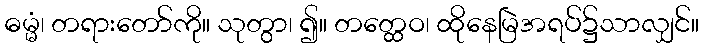
ဓမ္မံ၊ တရားတော်ကို။ သုတွာ၊ ၍။ တတ္ထေဝ၊ ထိုနေမြဲအရပ်၌သာလျှင်။